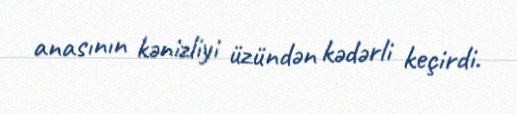
anasının kənizliyi üzündən kədərli keçirdi.